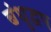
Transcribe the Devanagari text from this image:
बंधुद्वप